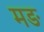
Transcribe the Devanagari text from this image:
मङ